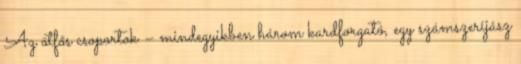
Az ötfős csoportok – mindegyikben három kardforgató, egy számszeríjász